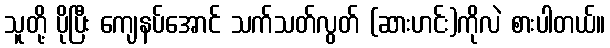
သူတို့ ပိုပြီး ကျေနပ်အောင် သက်သတ်လွတ် (ဆားဟင်း)ကိုလဲ စားပါတယ်။